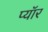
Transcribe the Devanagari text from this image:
प्यॉर